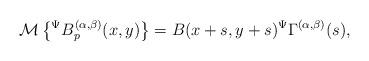
LaTeX: \begin{align*}\mathcal{M}\left\lbrace {}^{\Psi}B_{p}^{(\alpha,\beta)}(x,y)\right\rbrace =B(x+s,y+s){}^{\Psi}\Gamma^{(\alpha,\beta)}(s),\end{align*}